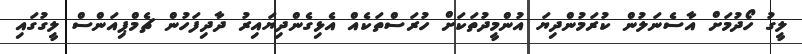
ލީގު ހޯދުމަށް އާސެނަލުން ކުރަމުންދިޔަ އުންމީދުތަކަށް ހުރަސްތަކެއް އެޅިގެންދިޔައިރު ދާދިފަހުން ޗެމްޕިއަންސް ލީގުގައި